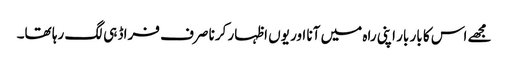
مجھے اس کا بار بار اپنی راہ میں آنا اور یوں اظہار کرنا صرف فراڈ ہی لگ رہا تھا۔